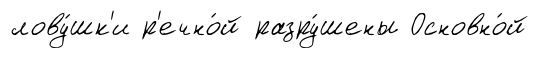
лову́шк'и р'ечно́й разру́шены Основно́й